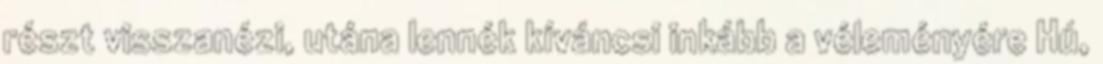
részt visszanézi, utána lennék kíváncsi inkább a véleményére Hú,